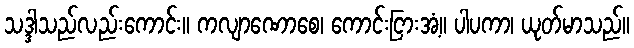
သဒ္ဒါသည်လည်းကောင်း။ ကလျာဏောစေ၊ ကောင်းငြားအံ့။ ပါပကာ၊ ယုတ်မာသည်။